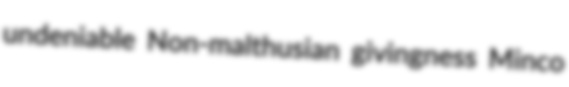
undeniable Non-malthusian givingness Minco